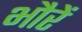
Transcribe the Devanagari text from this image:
भौरें